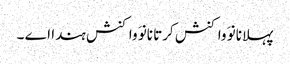
پہلا نانوَ واکنش کرتا نانوَ واکنش ہندا اے ۔